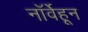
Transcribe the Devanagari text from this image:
नॉर्वेहून